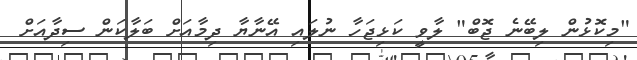
"މިކޮޅުން ލިބޭނެ ޖޮބް" ލާވީ ކަޅިޖަހާ ނުލައި އޭނާޔާ ދިމާއަށް ބަލާކަން ސިދާއަށް